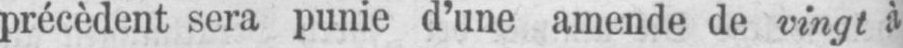
précèdent sera punie d’une amende de vingt à